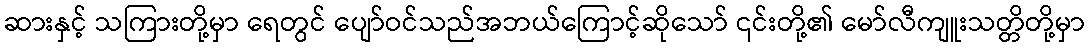
ဆားနှင့် သကြားတို့မှာ ရေတွင် ပျော်ဝင်သည်အဘယ်ကြောင့်ဆိုသော် ၎င်းတို့၏ မော်လီကျူးသတ္တိတို့မှာ